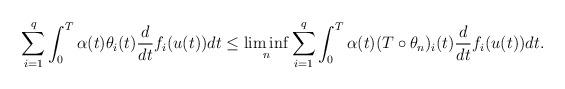
LaTeX: \begin{align*}\sum_{i=1}^{q} \int_0^T \alpha (t) \theta_{i}(t) \frac{d}{dt} f_{i} (u(t)) dt \leq \liminf_n \sum_{i=1}^{q} \int_0^T \alpha (t) (T\circ \theta_{n})_i(t) \frac{d}{dt} f_{i} (u(t)) dt.\end{align*}